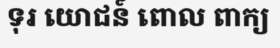
ទុរ យោជន៍ ពោល ពាក្យ